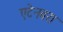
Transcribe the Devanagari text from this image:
एटेनबरा